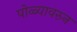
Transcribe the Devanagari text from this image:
पोळ्यावरुन